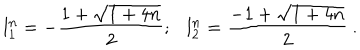
LaTeX: { l _ { 1 } ^ { n } } = - \frac { 1 + \sqrt { 1 + 4 n } } { 2 } ; { l _ { 2 } ^ { n } } = \frac { - 1 + \sqrt { 1 + 4 n } } { 2 } ~ .